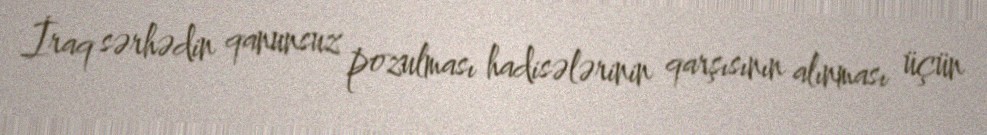
İraq sərhədin qanunsuz pozulması hadisələrinin qarşısının alınması üçün